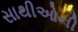
સાથીઓની